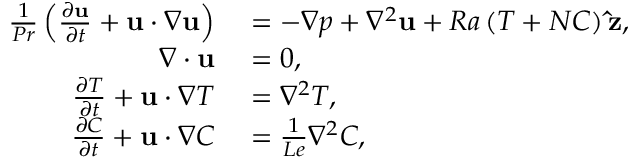
\begin{array} { r l } { \frac { 1 } { P r } \left( \frac { \partial \mathbf { u } } { \partial t } + \mathbf { u } \cdot \nabla \mathbf { u } \right) } & { { } = - \nabla p + \nabla ^ { 2 } \mathbf { u } + R a \left( T + N C \right) \mathbf { \hat { z } } , } \\ { \nabla \cdot \mathbf { u } } & { { } = 0 , } \\ { \frac { \partial T } { \partial t } + \mathbf { u } \cdot \nabla T } & { { } = \nabla ^ { 2 } T , } \\ { \frac { \partial C } { \partial t } + \mathbf { u } \cdot \nabla C } & { { } = \frac { 1 } { L e } \nabla ^ { 2 } C , } \end{array}